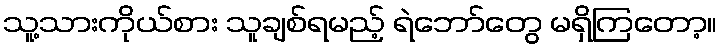
သူ့သားကိုယ်စား သူချစ်ရမည့် ရဲဘော်တွေ မရှိကြတော့။